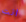
انت